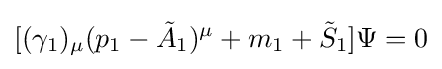
[(\gamma _{1})_{\mu }(p_{1}-{\tilde {A}}_{1})^{\mu }+m_{1}+{\tilde {S}}_{1}]\Psi =0